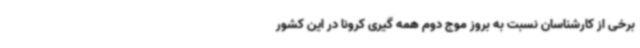
برخی از کارشناسان نسبت به بروز موج دوم همه گیری کرونا در این کشور